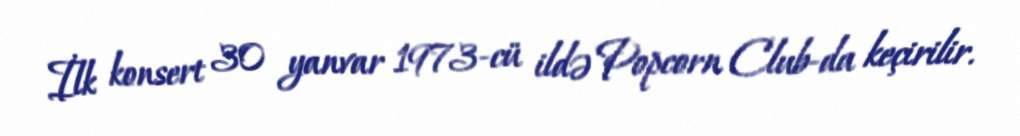
İlk konsert 30 yanvar 1973-cü ildə Popcorn Club-da keçirilir.